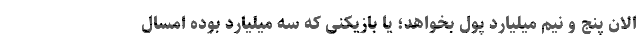
الان پنج و نیم میلیارد پول بخواهد؛ یا بازیکنی که سه میلیارد بوده امسال